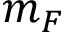
m _ { F }